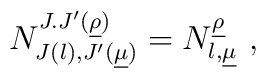
N_{J(\l),J'(\underline{\mu})}^{J.J'(\underline{\rho})} = N_{\l,\underline{\mu}}^{\underline{\rho}} \ ,